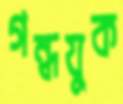
গন্ধযুক